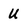
Character: U